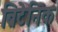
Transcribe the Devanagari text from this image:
ब्रिटेनिक